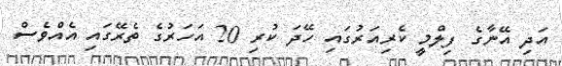
އަދި އޭނާގެ ފިލްމީ ކެރިއަރުގައި ހޭދަ ކުރި 20 އަހަރުގެ ތެރޭގައި އެއްވެސް